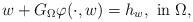
LaTeX: \begin{align*} w + G_{\Omega}\varphi(\cdot,w)=h_w, \hbox{ in $\Omega$,}\end{align*}